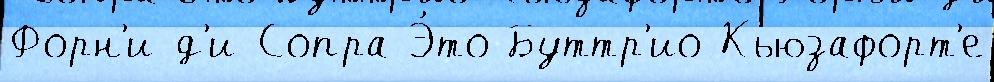
Форн'и-д'и-Сопра Э́то Буттр'ио Кьюзафорт'е